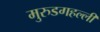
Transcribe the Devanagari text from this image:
मुरुडगहल्ली